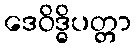
ဒေဝိဒ္ဓိပတ္တာ